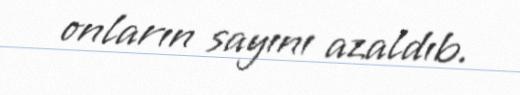
onların sayını azaldıb.